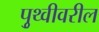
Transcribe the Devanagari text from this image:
पृुथ्वीवरील